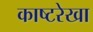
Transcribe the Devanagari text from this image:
काष्टरेखा